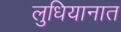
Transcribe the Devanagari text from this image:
लुधियानात